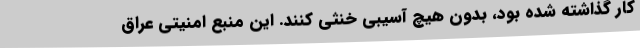
کار گذاشته شده بود، بدون هیچ آسیبی خنثی کنند. این منبع امنیتی عراق